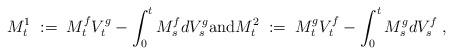
LaTeX: \begin{align*}M^1_t \;:=\; M^f_t V^g_t - \int_0^t M^f_s d V^g_s {\rm and} M^2_t \;:=\; M^g_t V^f_t - \int_0^t M^g_s d V^f_s \;,\end{align*}